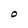
Character: O